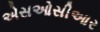
એસઓસીઆર